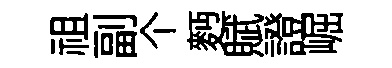
祖副个麪賦證崛